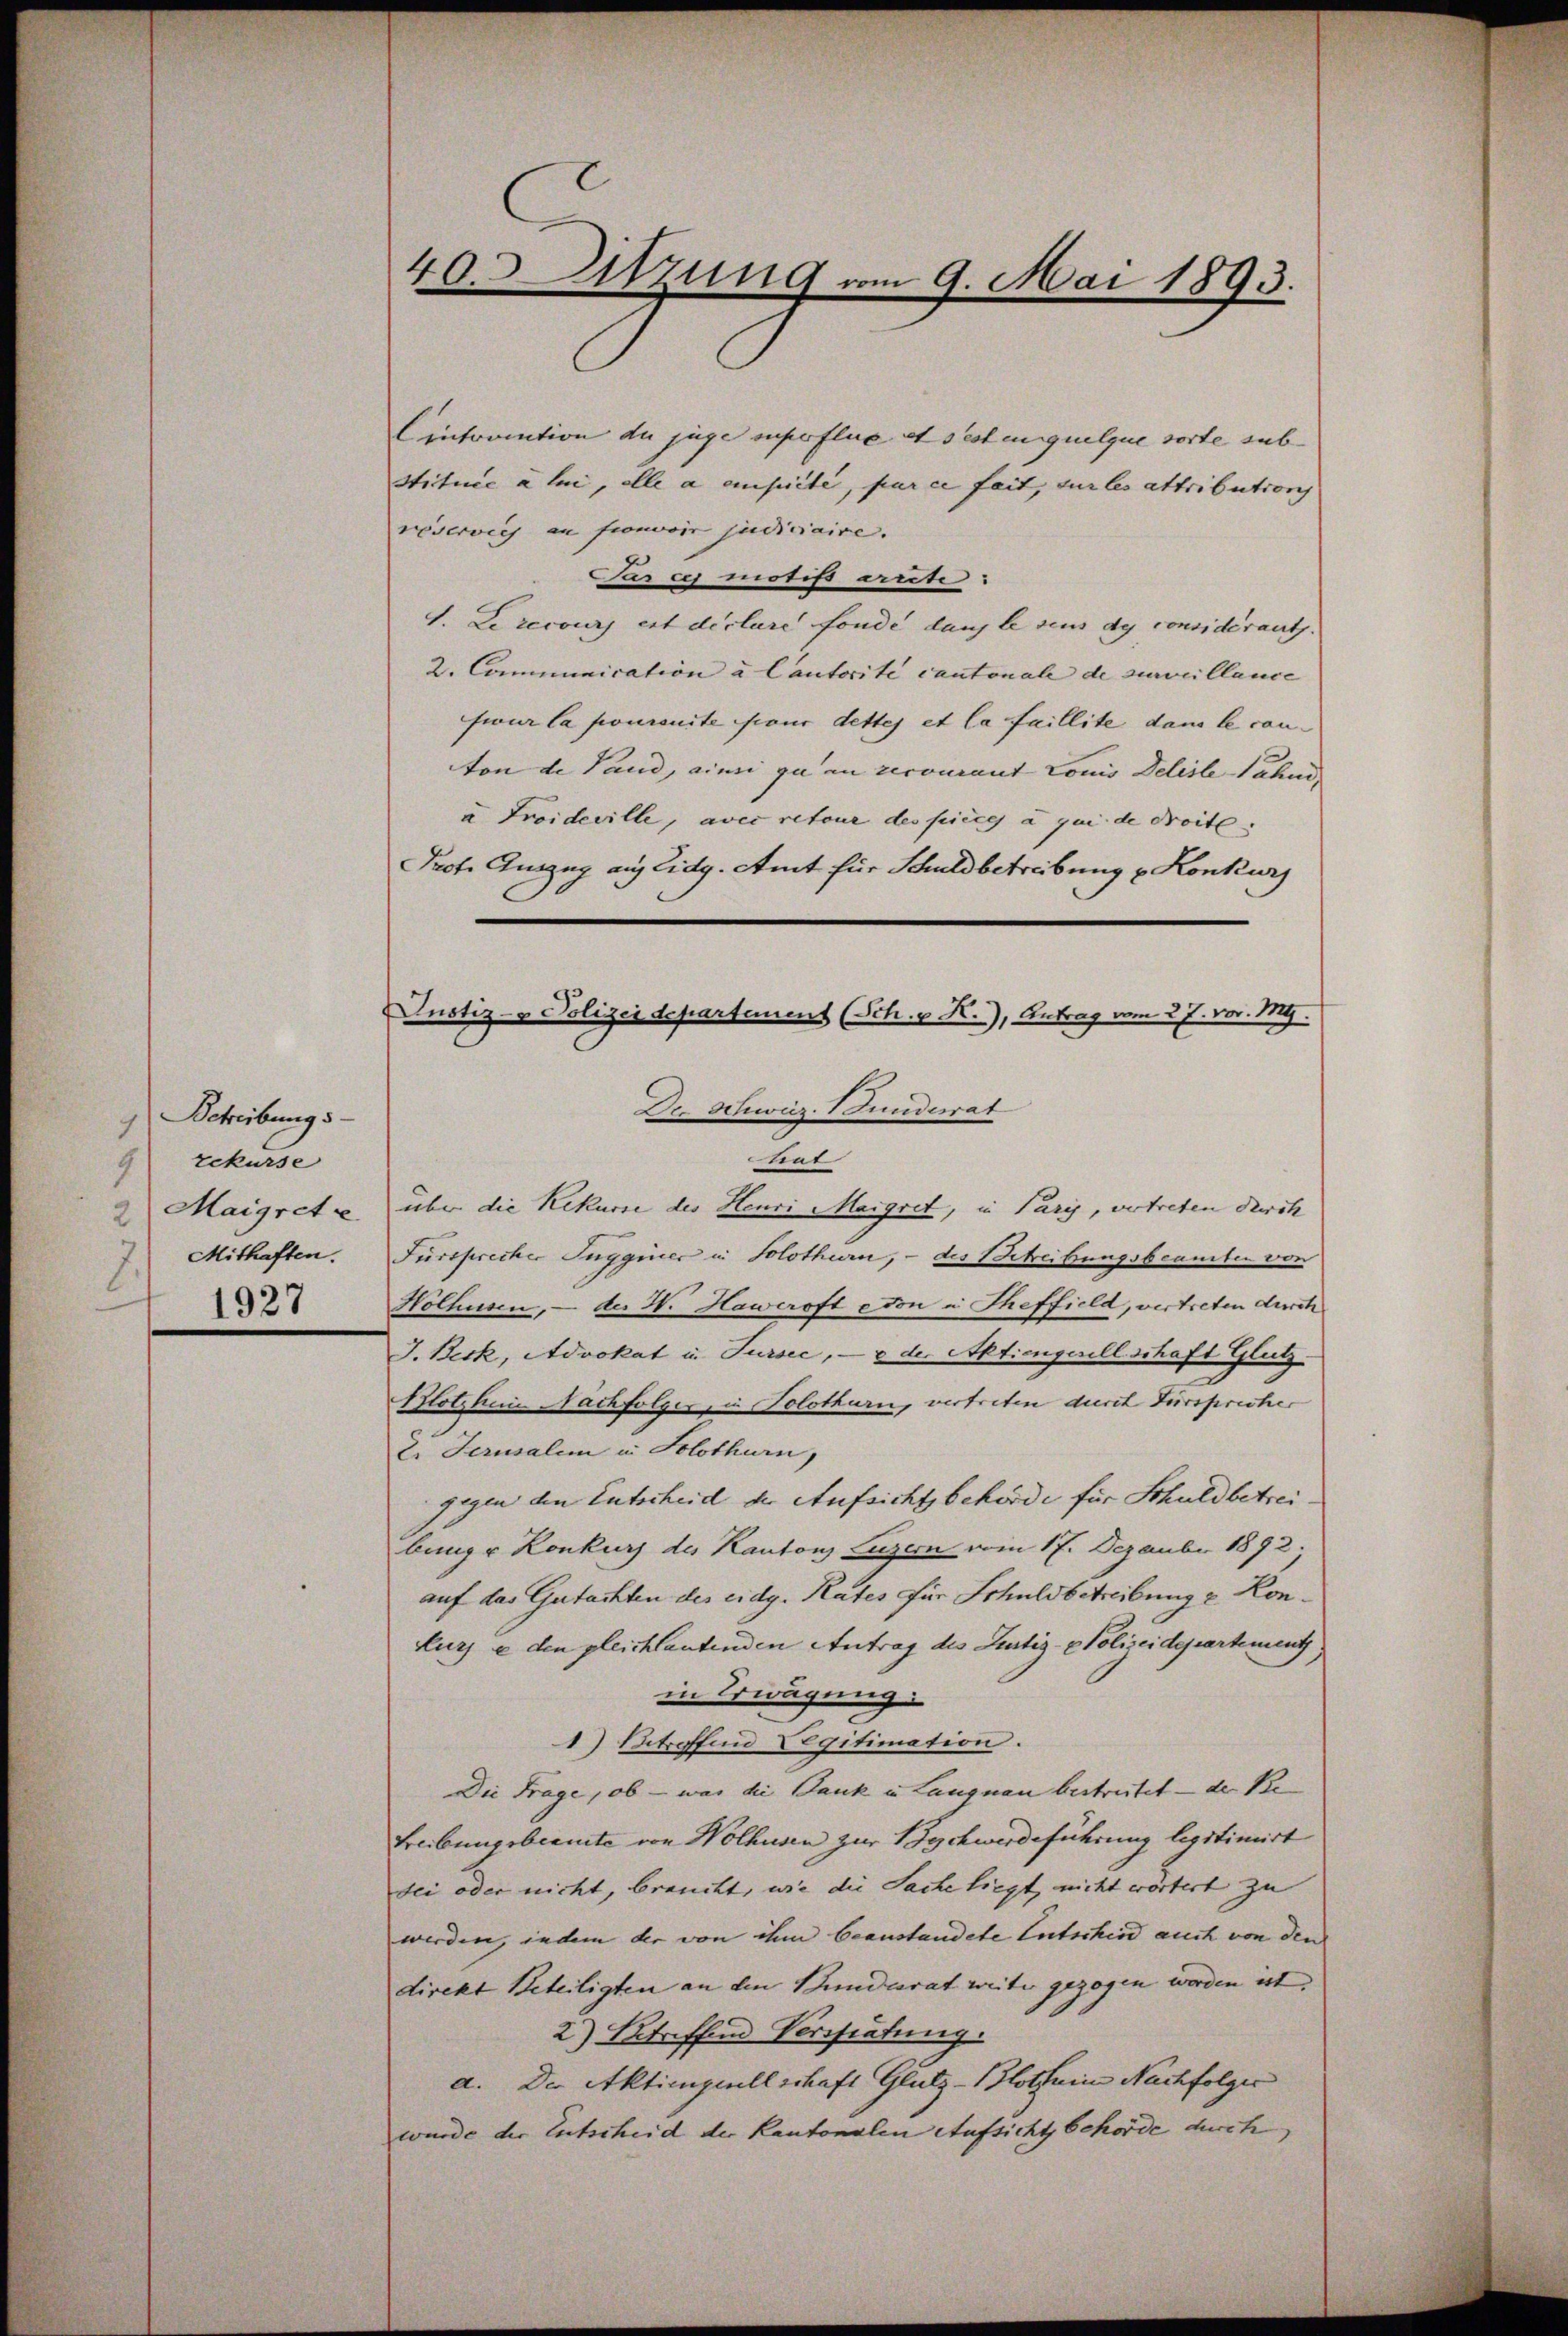
Schreibung s
9 rekurse
a Margrete
 Mithaften.
1927

40itzung vom 9. Mai 1893.

Eintraction du juge superflue et sesten quelque sorte sub¬
Stituie à lui, alle a ensuite, par ce feit, sur les attribution
reservich an frowvoir judiciaire.
Pas es motifs arrte:
1. Le recours est déclare fonde dans le sens de considérants.
2. Communication à Cautorite cantonale de surveillance |
sieur la poursuite aus dettes et la faillite dans le can-
von de Land, ainsi zu an recourant conis Deliste Fahne
u Troideville, avec retour des pièce à qui de droite
Prof. Auszug auf Eidg. Amt für Schuldbetreibung u. Konkurs
Dr. Schweiz. Funderat
Stat
über die Rekurse des Heuri Margret, in Paris, vertreten durch
Fursprecher Tugguier in Solothurn, - des Streibungsbeamten von
Hölhusen, – der H. Haweroft eton in Theffield, vertreten durch
J. Beck, Advokat in Sursee, — v der Aktiengesellschaft Glutz
Plotzhei Nachfolger, in Solothurn, vertreten durch Fürsprecher
2. Jerusalen in Solothurn,
gegen den Entscheid der Aufsichtsbehörde für Schuldbetreibung u Konkurs des Kantons Luzern vom 17. Dezember 1892;
auf das Gutachten des eidg. Rates für Schuldbetreibung u. Konkurz e den gleichlautenden Antrag des Justiz- & Polizeidepartement
in Erwägung
1) Betroffend Degitimation.
Die Frage, ob - was die Dank in Langnau bestreitet — der Be-
Freibungsbeamte von Wolhusen zur Bychwerdeführung legitimirt
dei oder nicht, braucht, wie die Sache liegt, nicht wörtert zu
werden, indem der von ihm beanstandete Entschied auch von den
direkt Beteiligten an den Bundesrat weiter gezogen werden ist,
2) Betreffend Vertretung.
a. Der Aktiengesellschaft Glutz-Blothurn Nachfolger
wurde der Entscheid der Kantonalen Aufsicht behörde durch

Justiz- & Polizei departement (Sch. p K.), Antrag vom 27. vor. 1849.